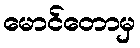
မောင်တောမှ